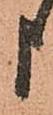
申